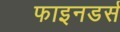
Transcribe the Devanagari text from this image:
फाइनडर्स